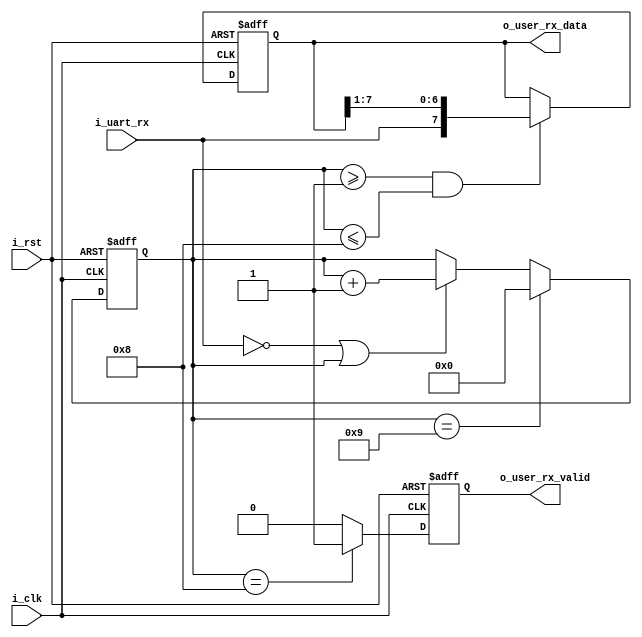
`timescale 1ns / 1ps
//////////////////////////////////////////////////////////////////////////////////
// Company: 
// Engineer: 
// 
// Design Name: 
// Module Name: uart_rx
// Project Name: 
// Target Devices: 
// Tool Versions: 
// Description: i_uart_rx = 0 
// 
// Dependencies: 
// 
// Revision:
// Revision 0.01 - File Created
// Additional Comments:
// 
//////////////////////////////////////////////////////////////////////////////////


module uart_rx#(
    parameter      P_SYSTEM_CLK              = 50_000_000   , // 
    parameter      P_UART_BUADRATE           = 9600         , // 
    parameter      P_UART_DATA_WIDTH         = 8            , // 
    parameter      P_UART_STOP_WIDTH         = 1            , //  1
    parameter      P_UART_CHECK              = 0              //  0- 1-odd 2-even    
)(
    input                                   i_clk                      ,
    input                                   i_rst                      ,

    input                                   i_uart_rx                  ,

    output     [P_UART_DATA_WIDTH - 1 :0]   o_user_rx_data             , //
    output                                  o_user_rx_valid              //  
    );

reg [P_UART_DATA_WIDTH - 1:0]   ro_user_rx_data     ;
reg                             ro_user_rx_valid    ;   
reg [7:0]                       r_cnt               ;   //
reg                             r_tx_check          ;   //

assign o_user_rx_data   = ro_user_rx_data   ;
assign o_user_rx_valid  = ro_user_rx_valid  ;

//
always@(posedge i_clk or posedge i_rst)begin
    if(i_rst)
        r_cnt <= 'd0;
    else if(r_cnt == P_UART_DATA_WIDTH + 1 + P_UART_STOP_WIDTH && P_UART_CHECK != 0)
        r_cnt <= 'd0;
    else if(r_cnt == P_UART_DATA_WIDTH  + P_UART_STOP_WIDTH && P_UART_CHECK == 0)
        r_cnt <= 'd0;
    else if(i_uart_rx == 0 || r_cnt)    //
        r_cnt <= r_cnt + 1 ;
    else 
        r_cnt <= r_cnt ; 
end

always@(posedge i_clk or posedge i_rst)begin
    if(i_rst)
        ro_user_rx_data <= 'd0;
    else if(r_cnt >= 1 && r_cnt <= P_UART_DATA_WIDTH)
        ro_user_rx_data <= {i_uart_rx,ro_user_rx_data[P_UART_DATA_WIDTH - 1 : 1]}; //
    else 
        ro_user_rx_data <= ro_user_rx_data ;
end

always@(posedge i_clk or posedge i_rst)begin
    if(i_rst)
        ro_user_rx_valid <= 'd0;
    else if(r_cnt == P_UART_DATA_WIDTH + P_UART_STOP_WIDTH - 1&& P_UART_CHECK == 0)   //
        ro_user_rx_valid <= 'd1;
    else if(r_cnt == P_UART_DATA_WIDTH + 1 + P_UART_STOP_WIDTH - 1&& P_UART_CHECK == 1 && i_uart_rx == !r_tx_check)    //odd
        ro_user_rx_valid <= 'd1;
    else if(r_cnt == P_UART_DATA_WIDTH + 1 + P_UART_STOP_WIDTH - 1&& P_UART_CHECK == 2 && i_uart_rx == r_tx_check)     //even
        ro_user_rx_valid <= 'd1;
    else 
        ro_user_rx_valid <= 'd0;
end

//1
always@(posedge i_clk or posedge i_rst)begin
    if(i_rst)
        r_tx_check <= 'd0;
    else if(r_cnt >= 1 && r_cnt <= P_UART_DATA_WIDTH)
        r_tx_check <= r_tx_check ^ i_uart_rx ;
    else 
        r_tx_check <= 'd0;
end

endmodule